Indian journal of veterinary science and animal husbandry - Volumes 22-23, 1952-1953
Year: 1952
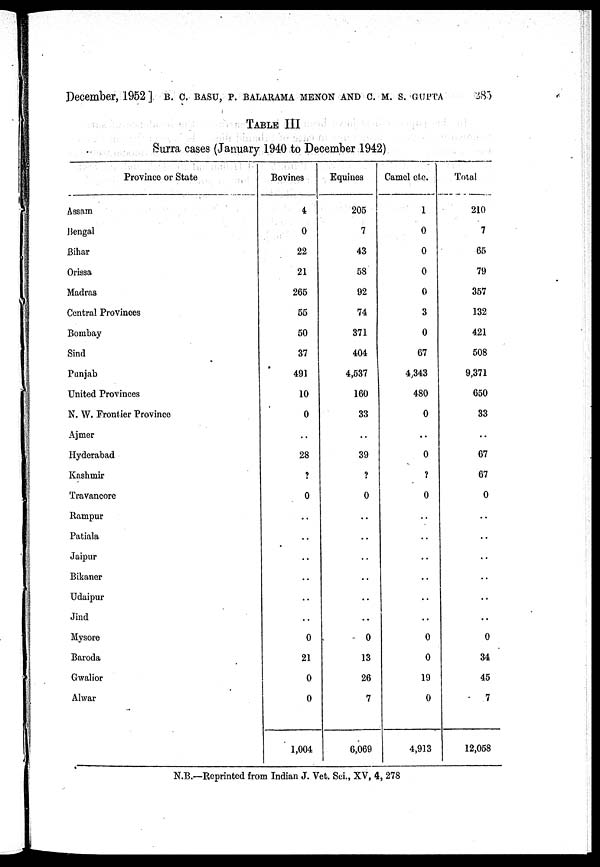
December, 1952] B. C. BASU, P. BALARAMA MENON AND C. M. S. GUPTA
285
TABLE III
Surra cases (January 1940 to December 1942)
Province or State
Assam
Bengal
Bihar
Orissa
Madras
Central Provinces
Bombay
Sind
Punjab
United Provinces
N. W. Frontier Province
Ajmer
Hyderabad
Kashmir
Travancore
Rampur
Patiala
Jaipur
Bikaner
Udaipur
Jind
Mysore
Baroda
Gwalior
Alwar
Bovines
4
0
22
21
265
55
50
37
491
10
0
..
28
?
0
..
..
..
..
..
..
0
21
0
0
1,004
Equines
205
7
43
58
92
74
371
404
4,537
160
33
..
39
?
0
..
..
..
..
..
..
0
13
26
7
6,069
Camel cle.
1
0
0
0
0
3
0
67
4,343
480
0
..
0
?
0
..
..
..
..
..
..
0
0
19
0
4,913
Total
210
7
65
79
357
132
421
508
9,371
650
33
..
67
67
0
..
....
..
..
..
..
0
34
45
7
12,058
N.B.—Reprinted from Indian J. Vet. Sci., XV, 4, 278